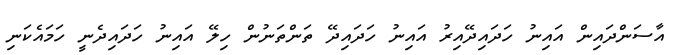
އާސަންދައިން އައިނު ހަދައިދޭއިރު އައިނު ހަދައިދޭ ތަންތަނުން ހިލޭ އައިނު ހަދައިދެނީ ހަމައެކަނި